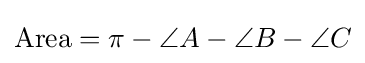
{\textrm {Area}}={\pi }-\angle A-\angle B-\angle C